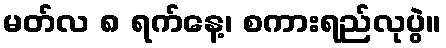
မတ်လ ၈ ရက်နေ့၊ စကားရည်လုပွဲ။